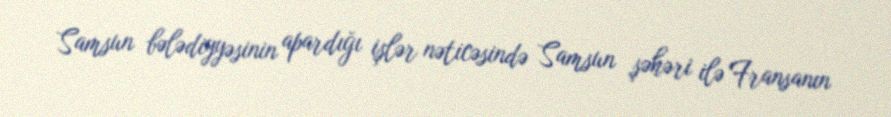
Samsun bələdiyyəsinin apardığı işlər nəticəsində Samsun şəhəri ilə Fransanın